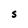
Character: s